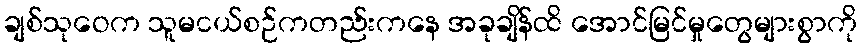
ချစ်သုဝေက သူမငယ်စဉ်ကတည်းကနေ အခုချိန်ထိ အောင်မြင်မှုတွေများစွာကို